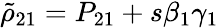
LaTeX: \tilde{\rho}_{21}=P_{21}+s\beta_{1}\gamma_{1}